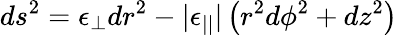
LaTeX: ds^{2}=\epsilon_{\perp}dr^{2}-|\epsilon_{||}|\left(r^{2}d\phi^{2}+dz^{2}\right)